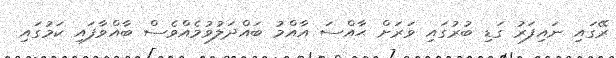
ރޭގައި ނައިފަރު ގަޑި ބުރުގައި ވަރަށް ޙާއްސަ އާއްމު ބައްދަލުވުމެއްވެސް ބާއްވާފައި ކަމުގައި